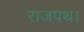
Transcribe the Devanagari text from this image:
राजपथ।